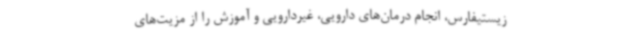
زیستیفارس، انجام درمان‌های دارویی، غیردارویی و آموزش را از مزیت‌های